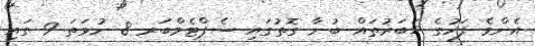
އެންމެ ފަހުގެ ޚަބަރުތައް ބުނާ ގޮތުގައި ސެޕްޓެމްބަރ 8 ނުވަތަ 9 ގައި